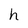
Character: h